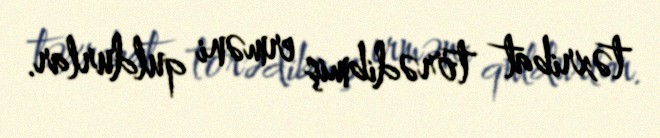
təxribat törədibmiş erməni quldurlar.